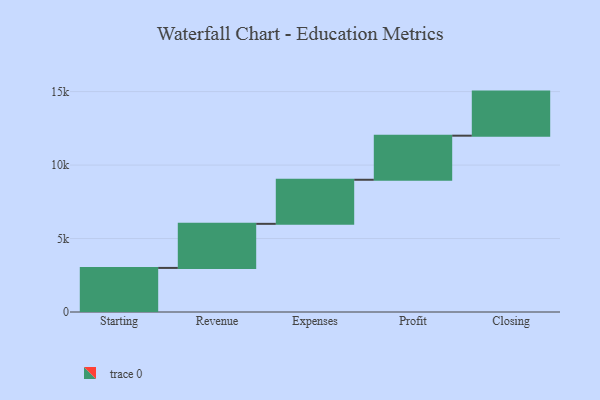
{"axis": {"x": "Step", "y": "Value"}, "legend": [""], "data": [{"x": "Starting", "y": 3000, "type": ""}, {"x": "Revenue", "y": 3000, "type": ""}, {"x": "Expenses", "y": 3000, "type": ""}, {"x": "Profit", "y": 3000, "type": ""}, {"x": "Closing", "y": 3000, "type": ""}]}